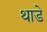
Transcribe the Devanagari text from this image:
थाडे